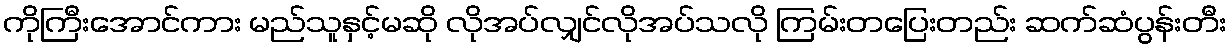
ကိုကြီးအောင်ကား မည်သူနှင့်မဆို လိုအပ်လျှင်လိုအပ်သလို ကြမ်းတပြေးတည်း ဆက်ဆံပွန်းတီး